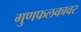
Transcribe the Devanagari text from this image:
गुणफलकावर